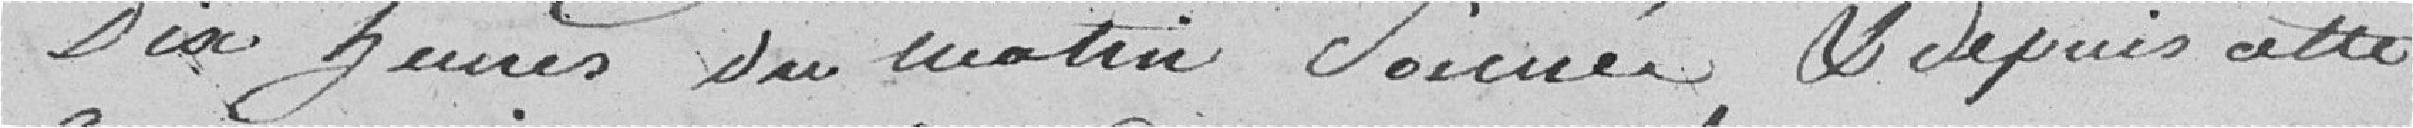
dix heures du matin sonnés, et depuis cette